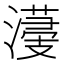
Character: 𣿯